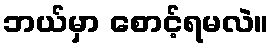
ဘယ်မှာ စောင့်ရမလဲ။